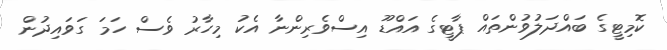
ކޮމިޓީގެ ބައްދަލުވުންތައް ޕާޓީގެ އައްޑޫ އިސްވެރިންނާ އެކު މިހާރު ވެސް ހަމަ ގަވައިދުން